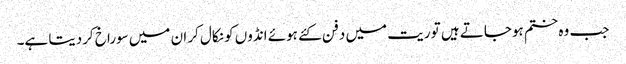
جب وہ ختم ہوجاتے ہیں تو ریت میں دفن کئے ہوئے انڈوں کو نکال کر ان میں سوراخ کردیتا ہے۔